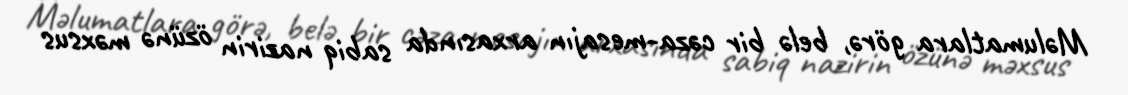
Məlumatlara görə, belə bir cəza-mesajın arxasında sabiq nazirin özünə məxsus